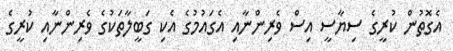
އެގޮތުން ކުރީގެ ސިޔާސީ އިސް ވެރިންނާއި އެގައުމުގެ އެކި ގަބީލާތަކުގެ ވެރިންނާއި ކުރީގެ